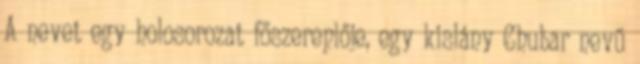
A nevet egy holosorozat főszereplője, egy kislány Chubar nevű